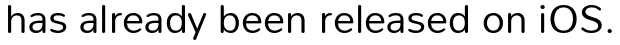
has already been released on iOS.